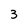
Character: 3